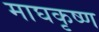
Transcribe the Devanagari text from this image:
माघकृष्ण